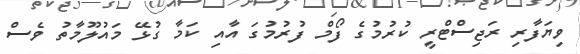
ވިޔަފާރި ރަޖިސްޓްރީ ކުރުމުގެ ފޯމް ފުރުމުގަ އާއި ކަމާ ގުޅޭ މައުލޫމާތު ވެސް